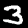
Digit: 3